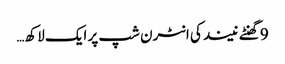
9 گھنٹے نیند کی انٹرن شپ پر ایک لاکھ…